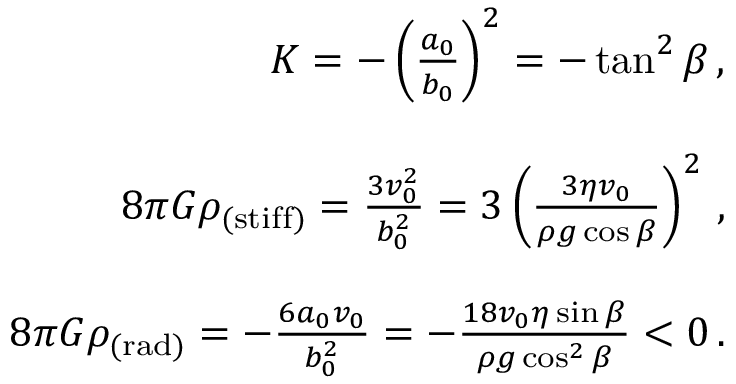
\begin{array} { r l r } & { } & { K = - \left( \frac { a _ { 0 } } { b _ { 0 } } \right) ^ { 2 } = - \tan ^ { 2 } \beta \, , } \\ & { } & \\ & { } & { 8 \pi G \rho _ { \mathrm { ( s t i f f ) } } = \frac { 3 v _ { 0 } ^ { 2 } } { b _ { 0 } ^ { 2 } } = 3 \left( \frac { 3 \eta v _ { 0 } } { \rho g \cos \beta } \right) ^ { 2 } \, , } \\ & { } & \\ & { } & { 8 \pi G \rho _ { \mathrm { ( r a d ) } } = - \frac { 6 a _ { 0 } v _ { 0 } } { b _ { 0 } ^ { 2 } } = - \frac { 1 8 v _ { 0 } \eta \sin \beta } { \rho g \cos ^ { 2 } \beta } < 0 \, . } \end{array}